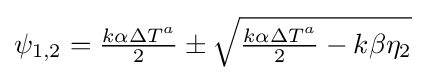
\psi _{1,2}={\tfrac {k\alpha \Delta T^{a}}{2}}\pm {\sqrt {{\tfrac {k\alpha \Delta T^{a}}{2}}-k\beta \eta _{2}}}